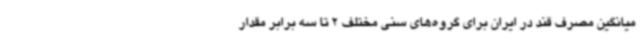
میانگین مصرف قند در ایران برای گروه‌های سنی مختلف 2 تا سه برابر مقدار